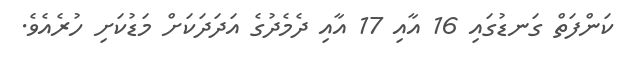
ކަންފަތް ގަނޑުގައި 16 އާއި 17 އާއި ދެމެދުގެ އަދަދަކަށް މަޑުކަށި ހުރެއެވެ.